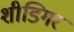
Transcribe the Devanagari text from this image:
शीडिगर